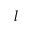
l